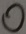
0